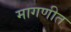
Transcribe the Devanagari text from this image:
मागणीत